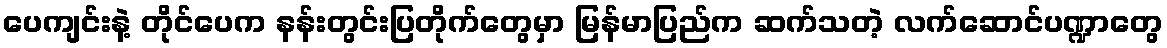
ပေကျင်းနဲ့ တိုင်ပေက နန်းတွင်းပြတိုက်တွေမှာ မြန်မာပြည်က ဆက်သတဲ့ လက်ဆောင်ပဏ္ဍာတွေ